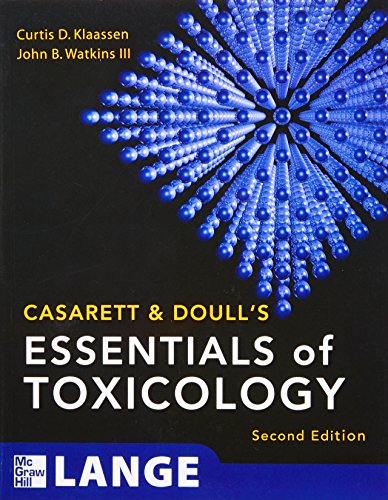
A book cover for Casarett & Doull's Essentials of Toxicology, Second Edition (Casarett and Doull's Essentials of Toxicology); Curtis Klaassen; Medical Books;